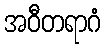
အဝီတရာဂံ